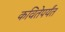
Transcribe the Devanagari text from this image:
कवितेपर्यंत